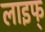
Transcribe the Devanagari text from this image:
लाइफ्